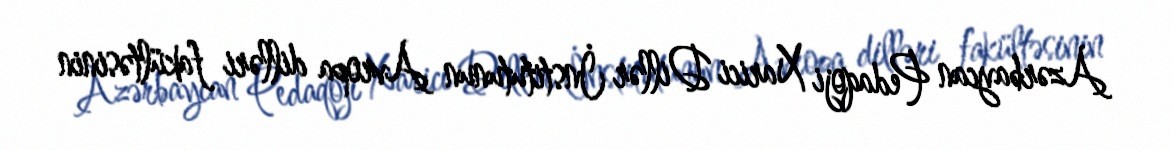
Azərbaycan Pedaqoji Xarici Dillər İnstitutunun Avropa dilləri fakültəsinin